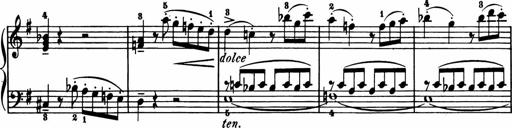
Title: 11 Sonatinas for Piano Solo
Composer: Anton Diabelli